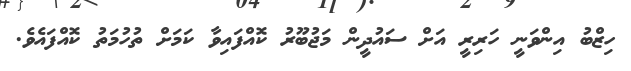
ހިޒްބު އިންވަނީ ހަރިރީ އަށް ސައުދީން މަޖުބޫރު ކޮއްފައިވާ ކަމަށް ތުހުމަތު ކޮއްފައެވެ.